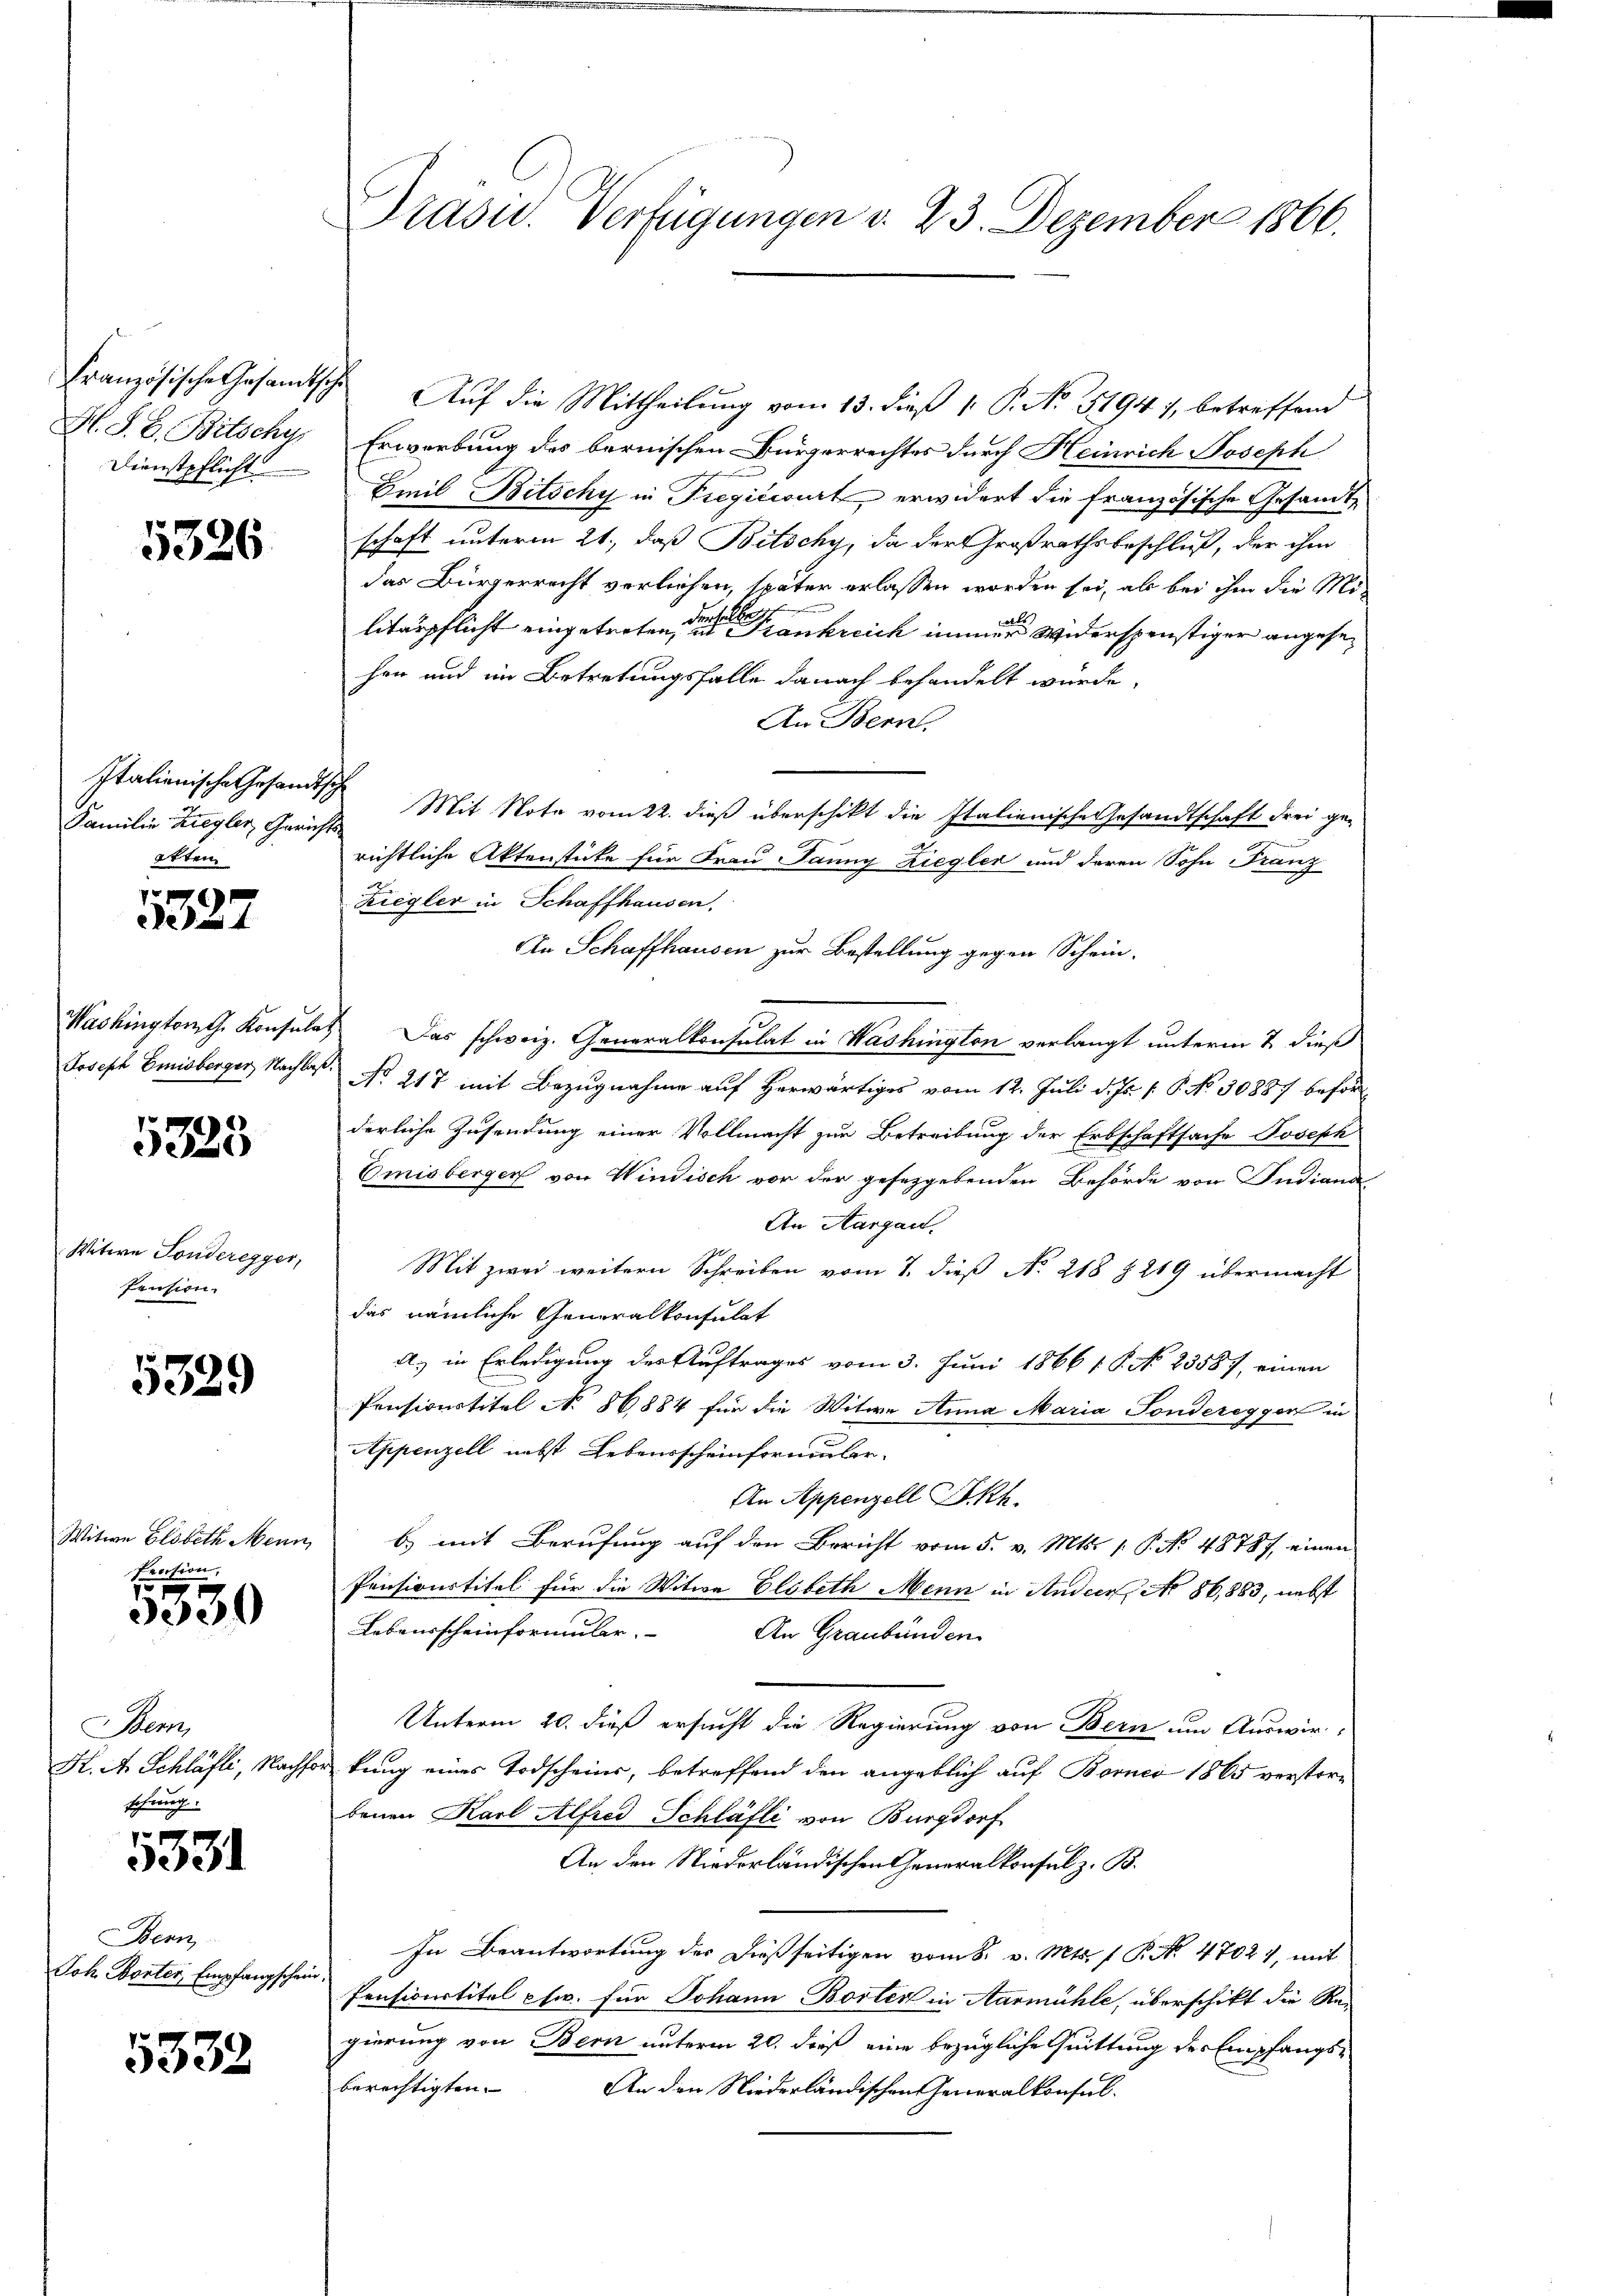
Französische Gesamtsche
Dienstpflicht

5326

Italienische Gesandtsch
akten

7
ele in

5323

Witwe Sonderegger,
Pension.

5329

Witwe Elsbeth Menn

u
3000

Bem,
K. A. Schläfli, Nachs
schwurg

f x
31

Bern
Joh. Borter, Empfangsche

5332

Präsid. Verfügungen d. 23. Dezember 1866.

Auf die Mittheilung vom 13. dieß 1: P. No 5194), betreffend
H. S. B. Bitschy, Erwerbung des bernischen Bürgerrechtes durch Heinrich Joseph
Emil Bitschy in Fregićcourt erwidert die französische Gesandte
schaft unterm 21., daß Bitschy, da der Großrathsbeschluß, der ihm
das Bürgerrecht verliehen, später erlassen worden sei, als bei ihm die Mi
litärpflicht eingetreten eine Frankreich immer Widerspenstiger angesehen und im Betretungsfalle danach behandelt wurde,
An Bern.
Familie Ziegler, Gerichts Mit Note vom 22. dieß überschikt die Italienische Gesandtschaft drei ge-
richtliche Aktenstücke für Frau Jauny Ziegler und deren Sohn Franz
Ziegler in Schaffhausen.
An Schaffhausen zur Bestellung gegen Schein-
Washington Konsulat Das schweiz. Generalkonsulat in Washington verlangt unterm 2. dieß
Joseph Emisberger, Nachlaß No 217 mit Bezugnahme auf herwärtiges vom 12. Juli d. Js. v. P. No. 30887 beförderliche Zusendung einer Vollmacht zur Betreibung der Erbschaftsache Joseph
Emisberger von Windisch vor der gesetzgebenden Behörde von Judiana
An Aargau.
Mit zwei weitern Schreiben vom 7. dieß No 218 § 219 übermacht
das nämliche Generalkonsulat
A.) in Erledigung des Auftrages vom 3. Juni 1866 s. S. No. 23587, einen
Pensionstitel No 86884 für die Witwe Anna Maria Sonderegger in
Appenzell nebst Lebensscheinfornenber
An Appenzell Skh.
b) mit Berufung auf den Bericht vom 5. v. Mts. 1. P. No. 48787, einen
Pensionstitel für die Witwe Elsbeth Mein in Ander, No 86,883, nebst
Lebensscheinformular. An Graubünden
Unterm 20. dieß ersucht die Regierung von Bern um Auswir
or kung eines Todscheins, betreffend den angeblich auf Borner 1865 verstorbenen Karl Alfred Schläfli von Burgdorf
An den Niederländischen Generalkonsul z. B.
In Beantwortung der dießseitigen vom 8. v. Mts. 1 P. Nr. 47024, mit
Pensicurtitel pfw. für Johann Borten in Aarmühle, überschikt die Re
gierung von Bern unterm 20. dieß eine bezügliche Quittung der Empfangsberechtigten. An den Niederländischen Generalkonsul-